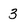
Character: 3